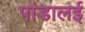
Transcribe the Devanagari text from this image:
पांडालई